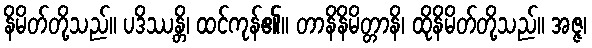
နိမိတ်တို့သည်။ ပဒိဿန္တိ၊ ထင်ကုန်၏။ တာနိနိမိတ္တာနိ၊ ထိုနိမိတ်တို့သည်။ အဇ္ဇ၊